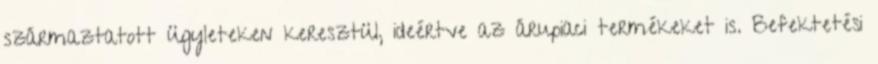
származtatott ügyleteken keresztül, ideértve az árupiaci termékeket is. Befektetési